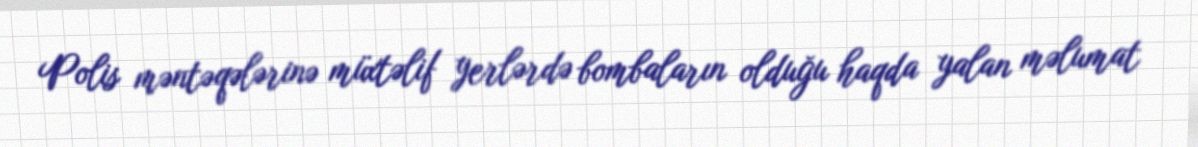
Polis məntəqələrinə müxtəlif yerlərdə bombaların olduğu haqda yalan məlumat